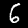
Label: 6